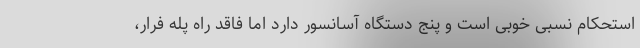
استحکام نسبی خوبی است و پنج دستگاه آسانسور دارد اما فاقد راه پله فرار،